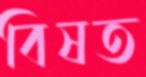
বিষত